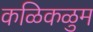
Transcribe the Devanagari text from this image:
कळिकळुम